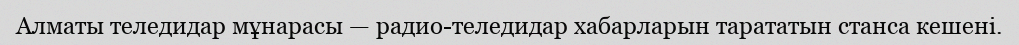
Алматы теледидар мұнарасы — радио-теледидар хабарларын тарататын станса кешені.